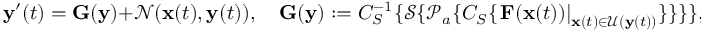
\mathbf { y } ^ { \prime } ( t ) = \mathbf { G } ( \mathbf { y } ) + \mathcal { N } ( \mathbf { x } ( t ) , \mathbf { y } ( t ) ) , \quad \mathbf { G } ( \mathbf { y } ) : = C _ { S } ^ { - 1 } \{ \mathcal { S } \{ \mathcal { P } _ { a } \{ C _ { S } \{ \left. \mathbf { F } ( \mathbf { x } ( t ) ) \right| _ { \mathbf { x } ( t ) \in \mathcal { U } ( \mathbf { y } ( t ) ) } \} \} \} \} , \quad \mathbf { y } ( t _ { 0 } ) = \mathbf { x } ( t _ { 0 } ) ,